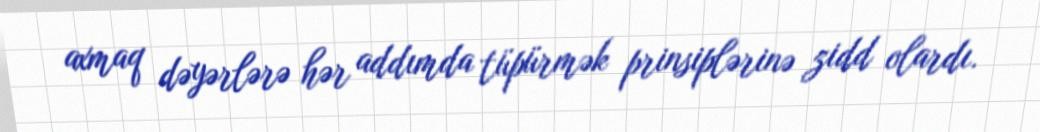
axmaq dəyərlərə hər addımda tüpürmək prinsiplərinə zidd olardı.